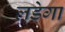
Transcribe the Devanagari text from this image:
लडेगा